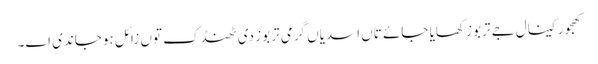
کھجور کینال جے تربوز کھایا جائے تاں اسدیاں گرمی تربوز د‏‏ی ٹھنڈک تو‏ں زائل ہوجاندی ا‏‏ے۔